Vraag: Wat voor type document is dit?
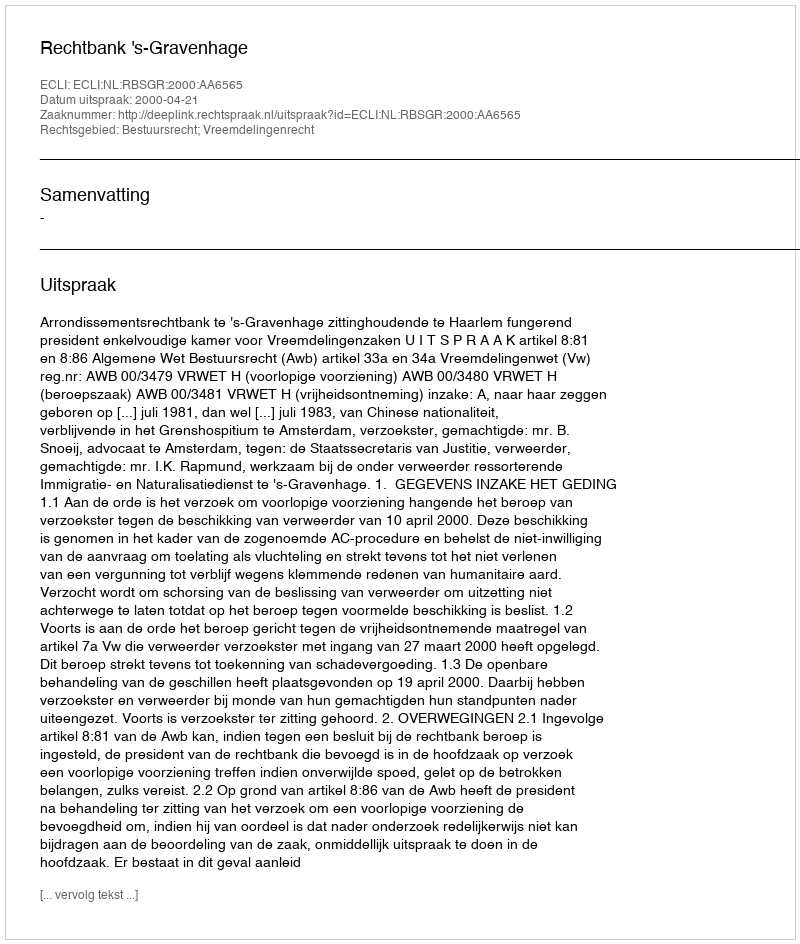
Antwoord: Uitspraak